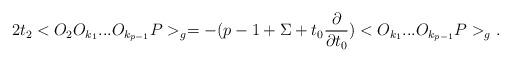
LaTeX: \begin{align*}2t_{2} <O_{2} O_{k_{1}}...O_{k_{p-1}}P>_{g}=-(p-1 + \Sigma + t_{0} \frac{\partial}{\partial t_{0}})<O_{k_{1}}...O_{k_{p-1}}P>_{g}.\end{align*}